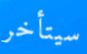
سيتأخر